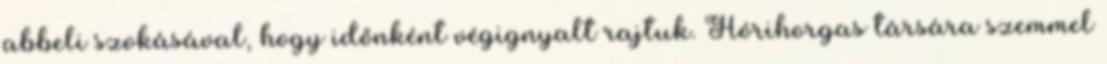
abbeli szokásával, hogy időnként végignyalt rajtuk. Hórihorgas társára szemmel